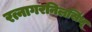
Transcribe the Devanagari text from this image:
रत्नागरनिलसिंधू